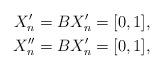
LaTeX: \begin{align*}X'_{n} = B X'_n = [0,1] ,\\X''_{n} = B X'_n = [0,1] ,\end{align*}